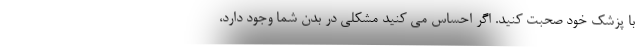
با پزشک خود صحبت کنید. اگر احساس می کنید مشکلی در بدن شما وجود دارد،